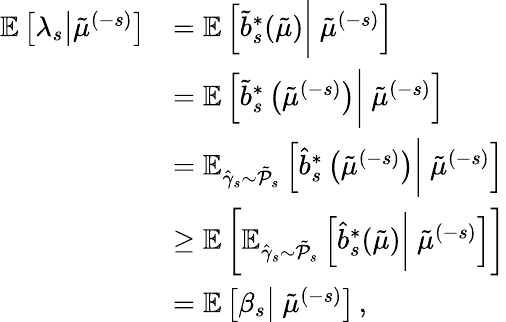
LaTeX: \begin{array}{rl}{\mathbb{E}\left[\lambda_{s}\big|\tilde{\mu}^{(-s)}\right]}&{=\mathbb{E}\left[\tilde{b}_{s}^{*}(\tilde{\mu})\biggr|\ \tilde{\mu}^{(-s)}\right]}\\ &{=\mathbb{E}\left[\tilde{b}_{s}^{*}\left(\tilde{\mu}^{(-s)}\right)\biggr|\ \tilde{\mu}^{(-s)}\right]}\\ &{=\mathbb{E}_{\hat{\gamma}_{s}\sim\tilde{\mathcal{P}}_{s}}\left[\hat{b}_{s}^{*}\left(\tilde{\mu}^{(-s)}\right)\biggr|\ \tilde{\mu}^{(-s)}\right]}\\ &{\geq\mathbb{E}\left[\mathbb{E}_{\hat{\gamma}_{s}\sim\tilde{\mathcal{P}}_{s}}\left[\hat{b}_{s}^{*}(\tilde{\mu})\biggr|\ \tilde{\mu}^{(-s)}\right]\right]}\\ &{=\mathbb{E}\left[\beta_{s}\big|\ \tilde{\mu}^{(-s)}\right]\, ,}\end{array}